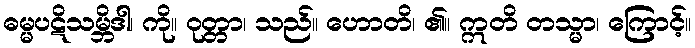
ဓမ္မပဋိသမ္ဘိဒါ၊ ကို။ ဝုတ္တာ၊ သည်။ ဟောတိ၊ ၏။ ဣတိ တသ္မာ၊ ကြောင့်။